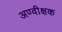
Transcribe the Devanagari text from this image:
अण्वीक्षक